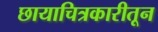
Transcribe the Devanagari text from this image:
छायाचित्रकारीतून